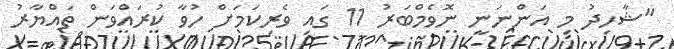
"ޝާހިދު މި އަންނަނީ ނޮވެމްބަރު 11 ގައި ވެރިކަމަށް ހުވާ ކުރައްވަން ތައްޔާރު